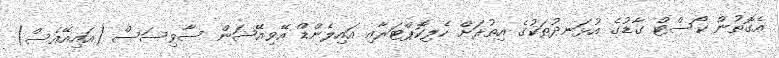
އެގޮތުން ކޯސްޓް ގާޑުގެ އުޅަނދުތަކުގެ އިތުރަށް ހެލިކޮޕްޓަރާއި އައިލެންޑް އޭވިއޭޝަން ސާވިސަސް (އައިއޭއެސް)